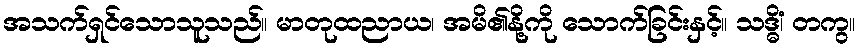
အသက်ရှင်သောသူသည်။ မာတုထညာယ၊ အမိ၏နို့ကို သောက်ခြင်းနှင့်။ သဒ္ဓိံ၊ တကွ။